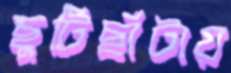
ছুটিছাঁটায়